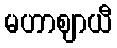
မဟာဈာယီ